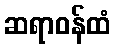
ဆရာဝန်ထံ